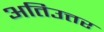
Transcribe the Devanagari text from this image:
अतिउत्तर